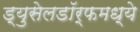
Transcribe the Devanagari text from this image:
ड्युसेलडॉर्फमध्ये